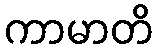
ကာမာတိ